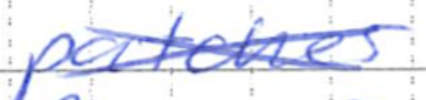
Text: patches
Cross-out: cross
Writing tool: ballpoint